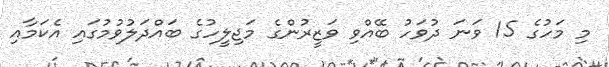
މި މަހުގެ 15 ވަނަ ދުވަހު ބޭއްވި ވަޒީރުންގެ މަޖިލީހުގެ ބައްދަލުވުމުގައި އެކަމާއި